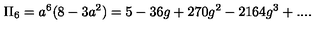
\Pi _ { 6 } = a ^ { 6 } ( 8 - 3 a ^ { 2 } ) = 5 - 3 6 g + 2 7 0 g ^ { 2 } - 2 1 6 4 g ^ { 3 } + . . . .